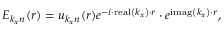
E _ { \boldsymbol { k _ { x } } n } ( \boldsymbol { r } ) = u _ { \boldsymbol { k _ { x } } n } ( \boldsymbol { r } ) e ^ { - i \cdot \operatorname { r e a l } \left( \boldsymbol { k _ { x } } \right) \cdot \boldsymbol { r } } \cdot e ^ { \operatorname { i m a g } \left( \boldsymbol { k _ { x } } \right) \cdot \boldsymbol { r } } ,